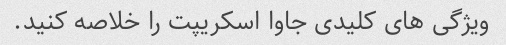
ویژگی های کلیدی جاوا اسکریپت را خلاصه کنید.